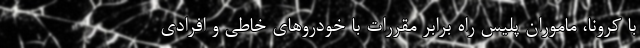
با کرونا، ماموران پلیس راه برابر مقررات با خودروهای خاطی و افرادی